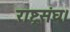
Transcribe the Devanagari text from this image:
राष्ट्रसंघ।